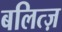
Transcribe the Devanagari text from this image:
बलित्ज़